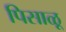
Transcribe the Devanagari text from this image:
पिसाळू